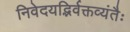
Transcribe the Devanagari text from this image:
निवेदयद्भिर्वक्तव्यंतैः